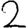
Digit: 2